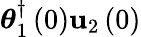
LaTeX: \boldsymbol{\theta}_{1}^{\dagger}\left(0\right)\mathbf{u}_{2}\left(0\right)